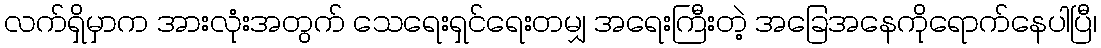
လက်ရှိမှာက အားလုံးအတွက် သေရေးရှင်ရေးတမျှ အရေးကြီးတဲ့ အခြေအနေကိုရောက်နေပါပြီ၊